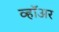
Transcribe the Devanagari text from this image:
व्हॉअर